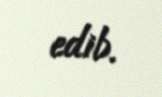
edib.